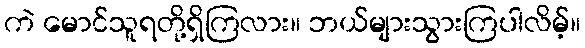
ကဲ မောင်သူရတို့ရှိကြလား။ ဘယ်များသွားကြပါလိမ့်။